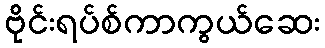
ဗိုင်းရပ်စ်ကာကွယ်ဆေး